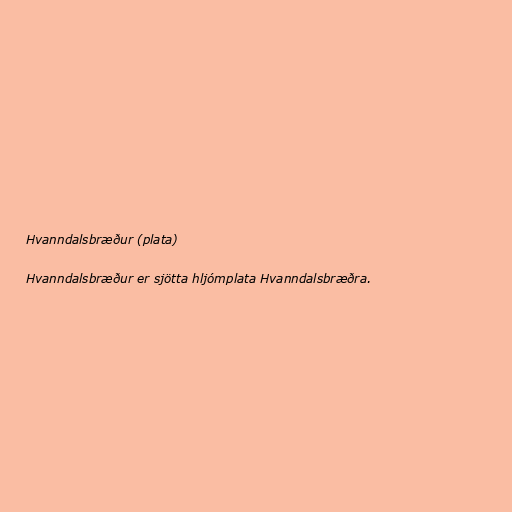
Hvanndalsbræður (plata)

Hvanndalsbræður er sjötta hljómplata Hvanndalsbræðra.